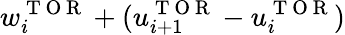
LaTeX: w_{i}^{\mathrm{~T~O~R~}}+(u_{i+1}^{\mathrm{~T~O~R~}}-u_{i}^{\mathrm{~T~O~R~}})